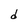
Character: d